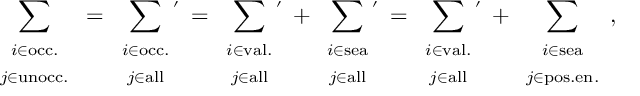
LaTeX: \sum _ { \begin{array} { c } { { \scriptstyle i \in \mathrm { o c c . } } } \\ { { \scriptstyle j \in \mathrm { u n o c c . } } } \end{array} } = \sum _ { \begin{array} { c } { { \scriptstyle i \in \mathrm { o c c . } } } \\ { { \scriptstyle j \in \mathrm { a l l } } } \end{array} } \! \! \! { } ^ { ' } \, = \sum _ { \begin{array} { c } { { \scriptstyle i \in \mathrm { v a l . } } } \\ { { \scriptstyle j \in \mathrm { a l l } } } \end{array} } \! \! \! { } ^ { ' } \, + \sum _ { \begin{array} { c } { { \scriptstyle i \in \mathrm { s e a } } } \\ { { \scriptstyle j \in \mathrm { a l l } } } \end{array} } \! \! \! { } ^ { ' } \, = \sum _ { \begin{array} { c } { { \scriptstyle i \in \mathrm { v a l . } } } \\ { { \scriptstyle j \in \mathrm { a l l } } } \end{array} } \! \! \! { } ^ { ' } \, + \sum _ { \begin{array} { c } { { \scriptstyle i \in \mathrm { s e a } } } \\ { { \scriptstyle j \in \mathrm { p o s . e n . } } } \end{array} } ,